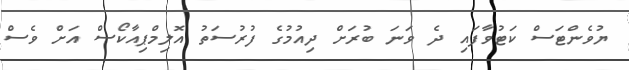
ޔުވެންޓަސް ކަޓުވާފައި ދެ ވަނަ ބުރަށް ދިއުމުގެ ފުރުސަތު އޮލިމްޕިއާކޯސް އަށް ވެސް